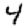
Digit: 4